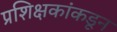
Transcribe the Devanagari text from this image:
प्रशिक्षकांकडून